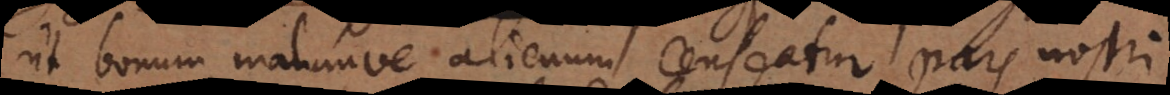
ut bonum malumve alienum censeatur pars nostri